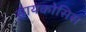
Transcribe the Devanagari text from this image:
सायकोसिस